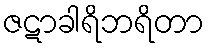
ဇဋာခါရိဘရိတာ